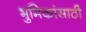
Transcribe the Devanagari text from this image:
भुमिकांसाठी